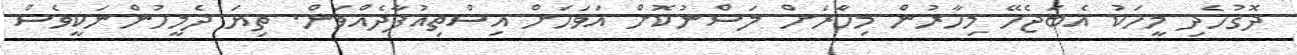
ދޮގުހެދި މީހަކު އެބަޖެހޭ މިހާރުން މިހާެރަށް ލަސްނުކޮށް އަވަހަށް އިސްތިއުފާދެއްވަން. ތިޔަ ދެމީހުންނަކީވެސް